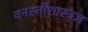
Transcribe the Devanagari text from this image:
वनस्तीशास्त्रज्ञ